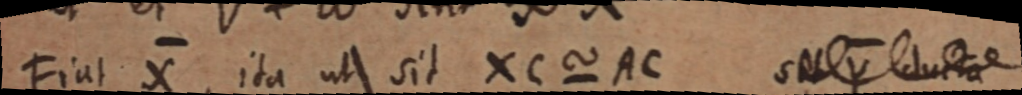
Fiat X, ita ut sit XC ~ AC sit Y ducta